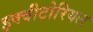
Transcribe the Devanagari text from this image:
इक्वीटोरियल